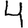
Digit: 4